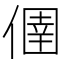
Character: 㒁